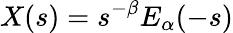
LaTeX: X(s)=s^{-\beta}E_{\alpha}(-s)